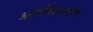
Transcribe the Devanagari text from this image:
अप्रशिक्षणीय